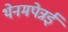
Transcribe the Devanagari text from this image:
थेनमपेन्नई